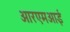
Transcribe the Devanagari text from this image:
आरएमआई